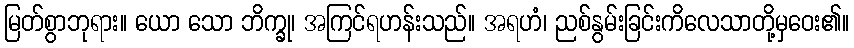
မြတ်စွာဘုရား။ ယော သော ဘိက္ခု၊ အကြင်ရဟန်းသည်။ အရဟံ၊ ညစ်နွမ်းခြင်းကိလေသာတို့မှဝေး၏။